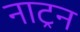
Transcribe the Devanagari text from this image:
नाट्रन